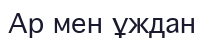
Ар мен ұждан